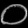
Digit: ၀